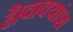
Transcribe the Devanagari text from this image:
है।वाक्यांश